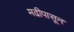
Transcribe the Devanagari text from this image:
मढीपासून